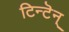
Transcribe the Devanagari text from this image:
टिन्टॆन्